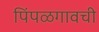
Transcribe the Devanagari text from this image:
पिंपळगावची